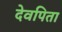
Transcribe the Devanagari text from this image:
देवपिता